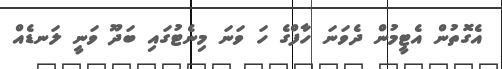
އެގޮތުން އެޓީމުން ދެވަނަ ހާފްގެ ހަ ވަނަ މިނެޓުގައި ބަދޫ ވަނީ ލަނޑެއް